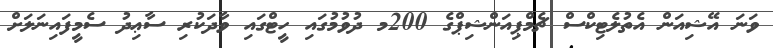
ވަނަ އޭޝިއަން އެތުލެޓިކްސް ޗެމްޕިއަންޝިޕްގެ 200މ ދުވުމުގައި ހީޓްގައި ވާދަކުރި ސާޢިދު ސެމީފައިނަލަށް